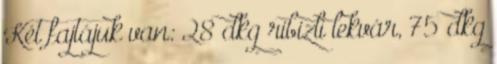
Két fajtájuk van: 28 dkg ribizli lekvár, 75 dkg